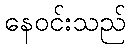
နေဝင်းသည်